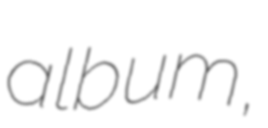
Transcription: album,